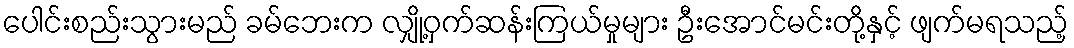
ပေါင်းစည်းသွားမည် ခမ်ဘေးက လျှို့ဝှက်ဆန်းကြယ်မှုများ ဦးအောင်မင်းတို့နှင့် ဖျက်မရသည့်